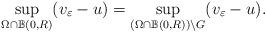
LaTeX: \begin{align*}\sup_{\Omega \cap \mathbb B(0,R)} (v_\varepsilon- u) = \sup_{(\Omega \cap \mathbb B(0,R)) \backslash G} (v_\varepsilon- u) .\end{align*}